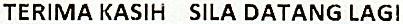
TERIMA KASIH SILA DATANG LAGI